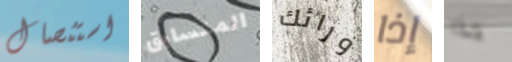
استئصال المتسابق ورائك إذا هذا